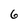
Character: 6